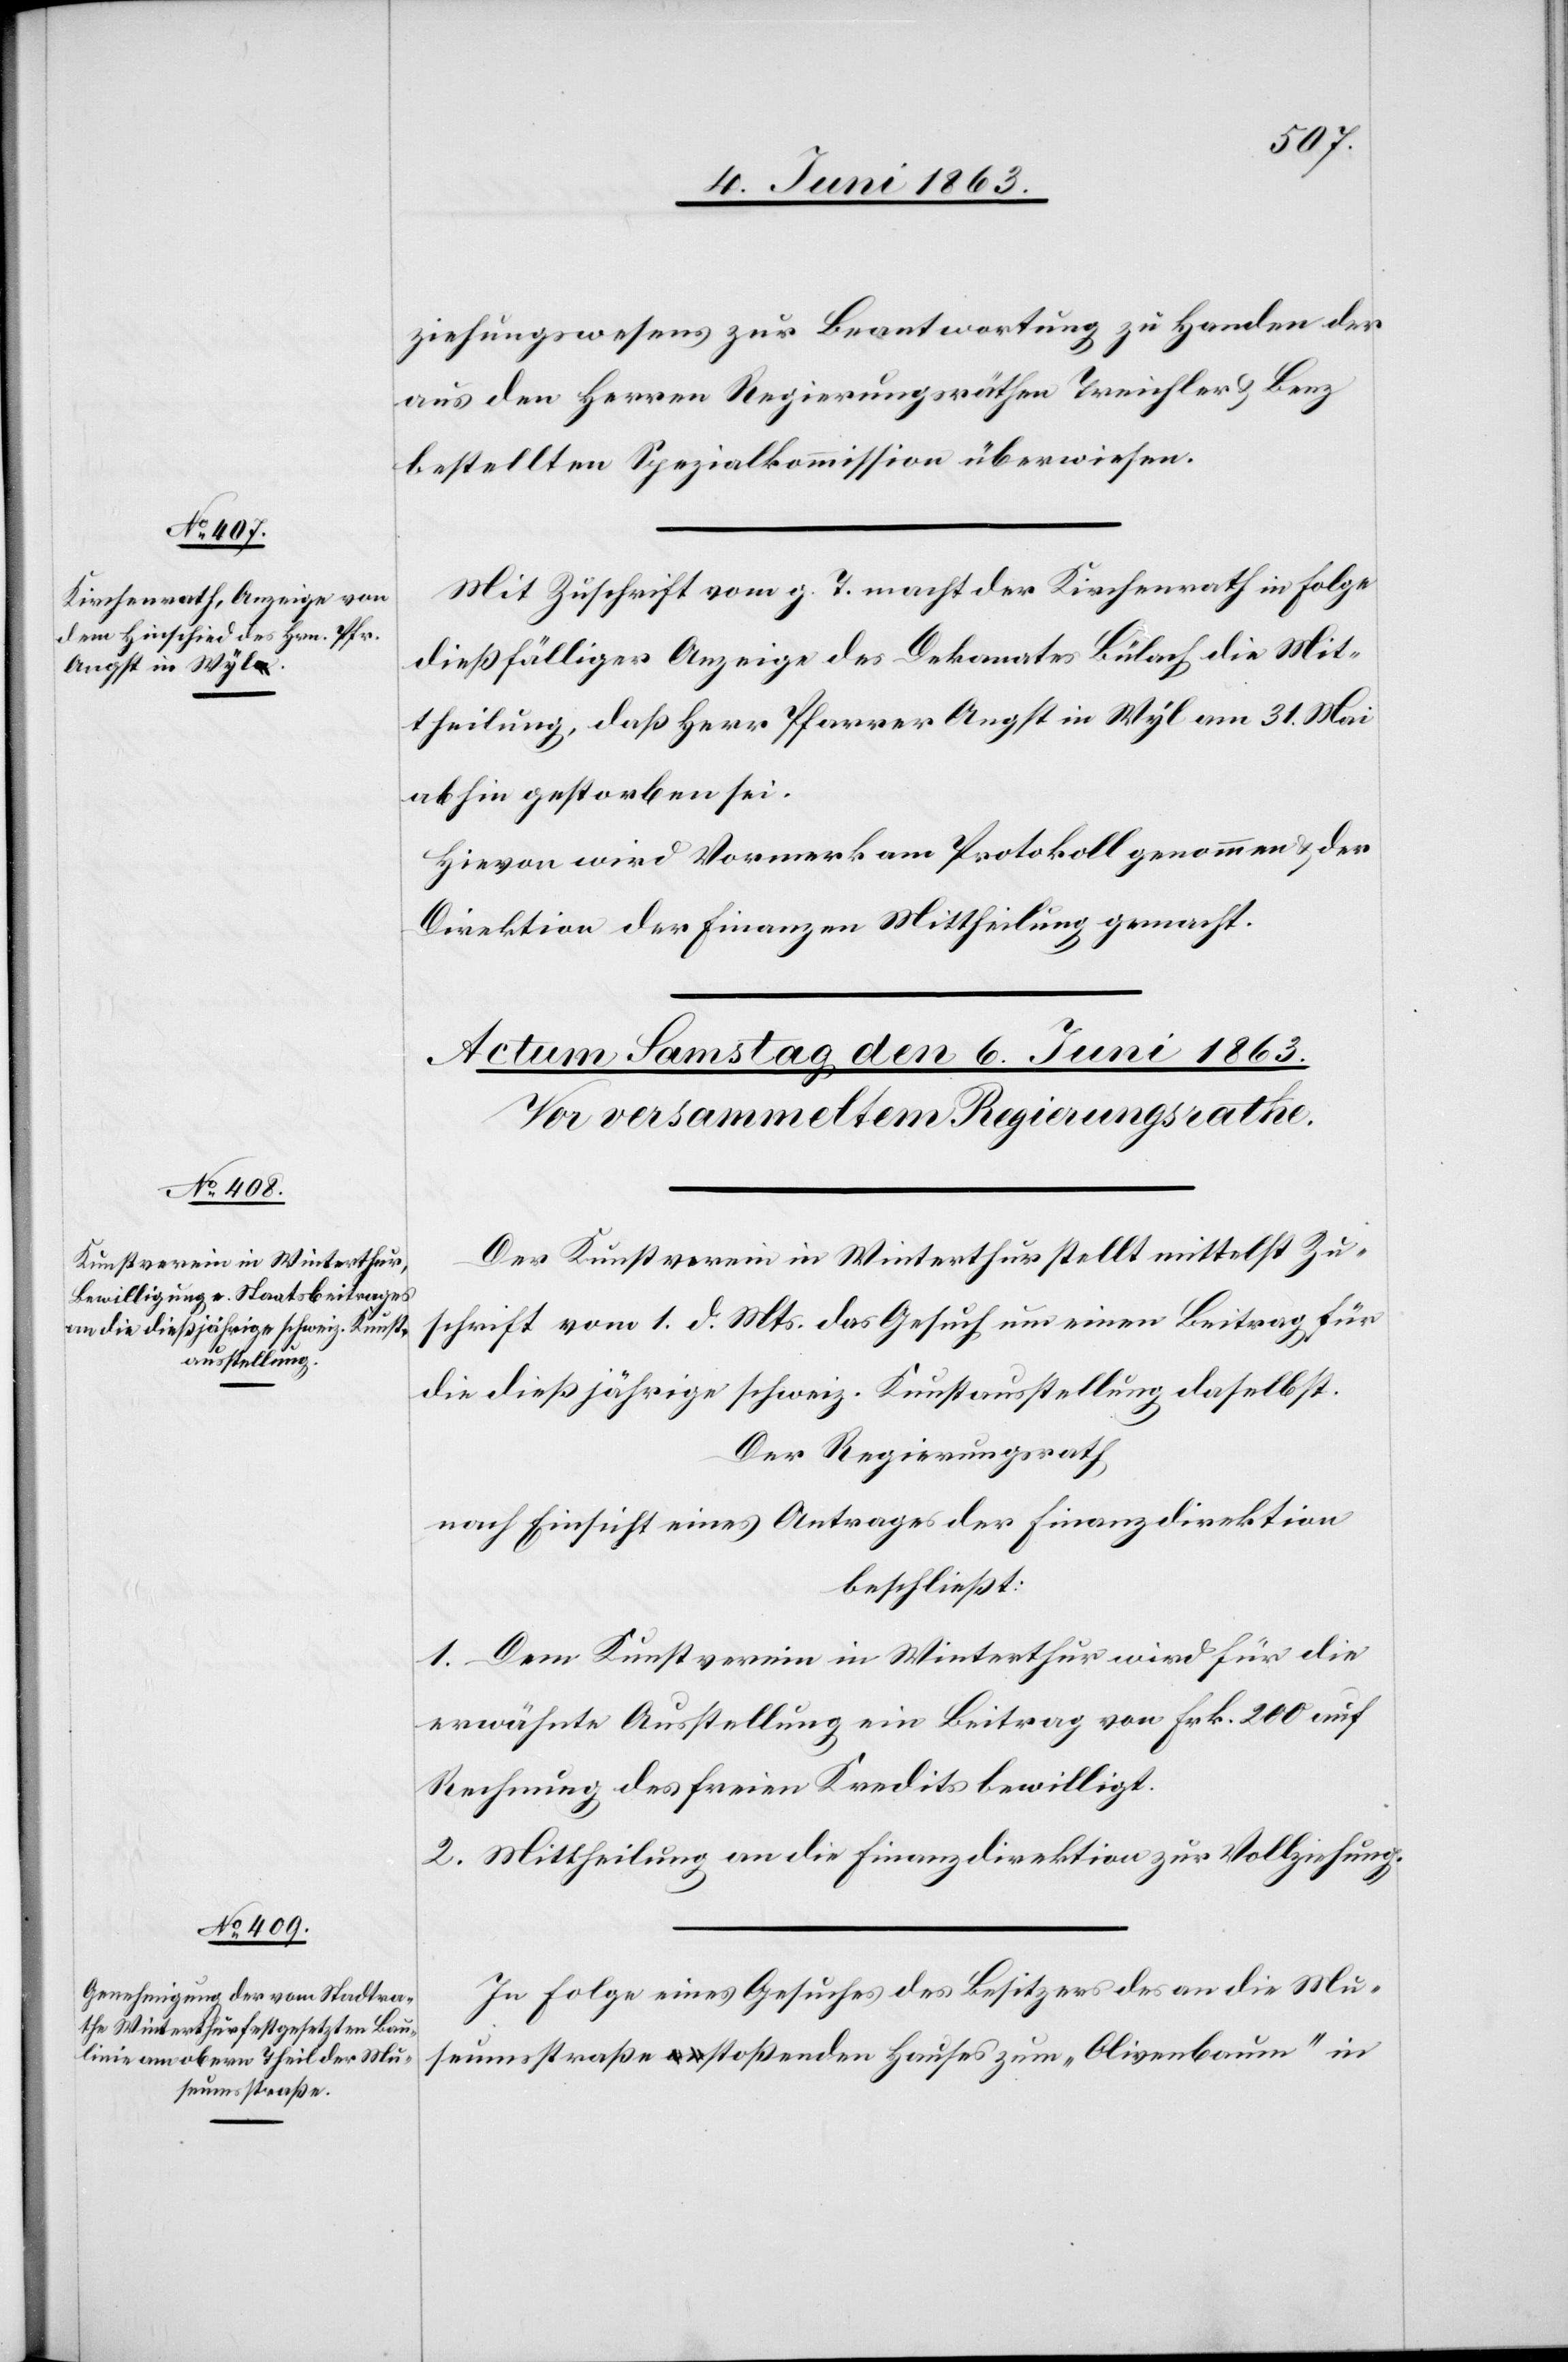
4. Juni 1863.]
ziehungswesens zur Beantwortung zu Handen der
aus den Herren Regierungsräthen Treichler & Benz
bestellten Spezialkommission überwiesen.
Mit Zuschrift vom g. T. macht der Kirchenrath in Folge
dießfälliger Anzeige des Dekanates Bülach die Mit¬
theilung, daß Herr Pfarrer Angst in Wyl am 31. Mai
abhin gestorben sei.
Hievon wird Vormerk am Protokoll genommen & der
Direktion der Finanzen Mittheilung gemacht.
Der Kunstverein in Winterthur stellt mittelst Zu¬
schrift vom 1. d. Mts. das Gesuch um einen Beitrag für
die dießjährige schweiz. Kunstausstellung daselbst.
Der Regierungsrath
nach Einsicht eines Antrages der Finanzdirektion
beschließt:
1. Dem Kunstverein in Winterthur wird für die
erwähnte Ausstellung ein Beitrag von Frk. 200 auf
Rechnung des freien Kredits bewilligt.
2. Mittheilung an die Finanzdirektion zur Vollziehung.
In Folge eines Gesuches des Besitzers des an die Mu¬
seumsstraße stoßenden Hauses zum „Olivenbaum“ in